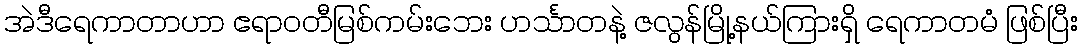
အဲဒီရေကာတာဟာ ဧရာဝတီမြစ်ကမ်းဘေး ဟင်္သာတနဲ့ ဇလွန်မြို့နယ်ကြားရှိ ရေကာတမံ ဖြစ်ပြီး